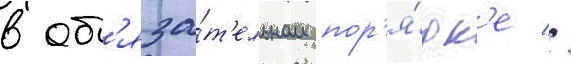
в об'яза́т'ельном пор'я́дк'е //